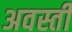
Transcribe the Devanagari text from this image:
अवस्ती